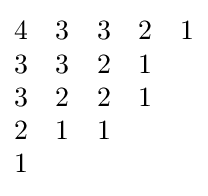
{\begin{matrix}4&3&3&2&1\\3&3&2&1&\\3&2&2&1&\\2&1&1&&\\1&&&&\end{matrix}}